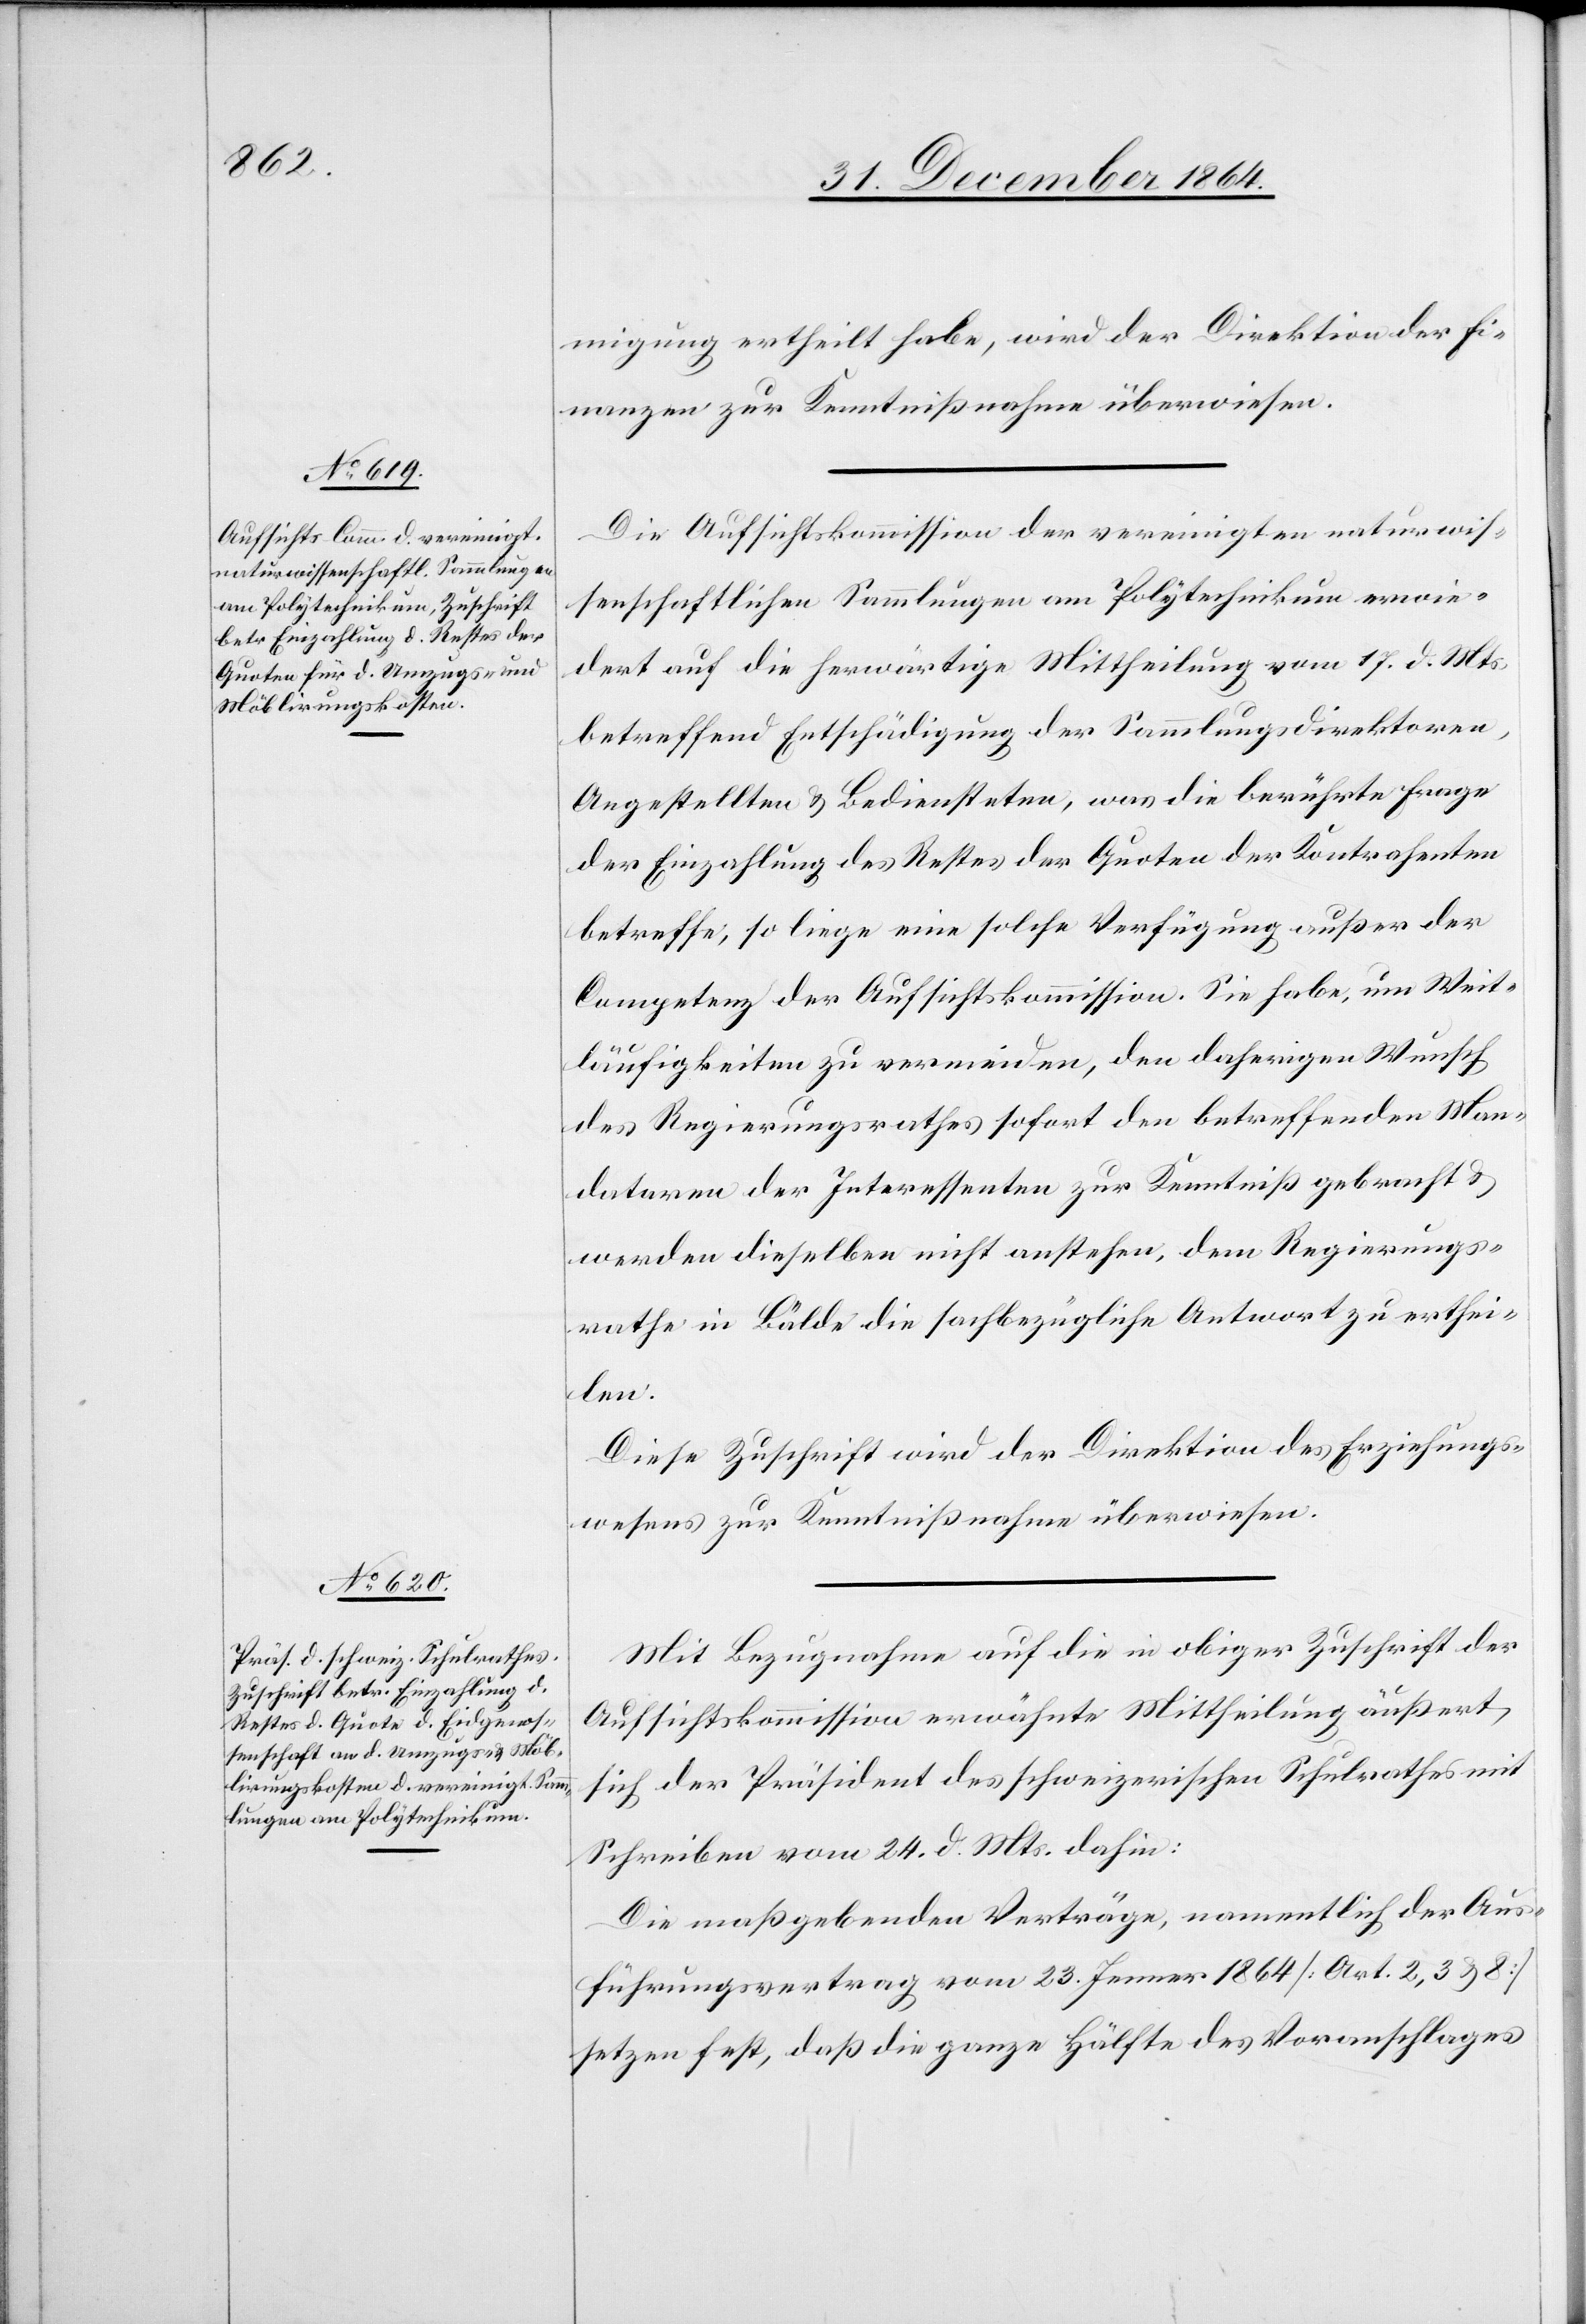
migung ertheilt habe, wird der Direktion der Fi¬
nanzen zur Kenntnißnahme überwiesen.
Die Aufsichtskommission der vereinigten naturwis¬
senschaftlichen Sammlungen am Polytechnikum erwie¬
dert auf die herwärtige Mittheilung vom 17. d. Mts.
betreffend Entschädigung der Sammlungsdirektoren,
Angestellten & Bediensteten, was die berührte Frage
der Einzahlung des Restes der Quoten der Kontrahenten
betreffe, so liege eine solche Verfügung außer der
Competenz der Aufsichtskommission. Sie habe, um Weit¬
läufigkeiten zu vermeiden, den daherigen Wunsch
des Regierungsrathes sofort den betreffenden Man¬
dataren der Interessenten zur Kenntniß gebracht &
werden dieselben nicht anstehen, dem Regierungs¬
rathe in Bälde die sachbezügliche Antwort zu erthei¬
len.
Diese Zuschrift wird der Direktion des Erziehungs¬
wesens zur Kenntnißnahme überwiesen.